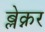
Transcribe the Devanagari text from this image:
ब्लेक्नर